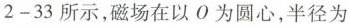
2-33所示，磁场在以0为圆心，半径为